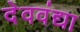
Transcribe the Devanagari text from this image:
देववंद्या